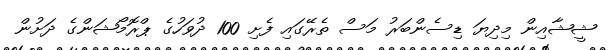
ޝީޝާއިން މިދިޔަ ޑިސެންބަރު މަސް ތެރޭގައި ފެށި 100 ދުވަހުގެ ޕްރޮމޯޝަންގެ ދަށުން